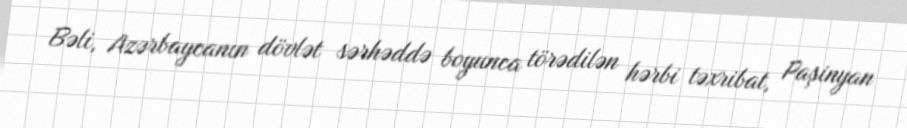
Bəli, Azərbaycanın dövlət sərhəddə boyunca törədilən hərbi təxribat, Paşinyan